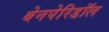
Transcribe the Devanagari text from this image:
बेनपेरिडॉल